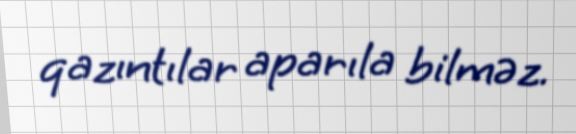
qazıntılar aparıla bilməz.